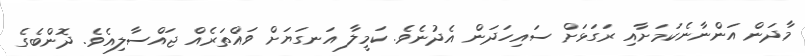
މާދަން އަންނާނެކަމަށާއި ރަގަޅަށް ސައިހަދަން އެދުނެވެ. ކަމީލާ އަނގަޔަށް ވައްތަރެއް ޖައްސާލިއެވެ. ދޮންބެގެ